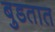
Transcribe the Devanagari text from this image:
बुडतात